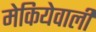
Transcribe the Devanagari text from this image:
मेकियेवाली